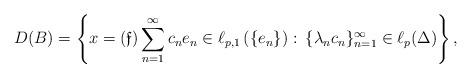
LaTeX: \begin{align*} D(B)=\left\{x= (\mathfrak{f})\sum\limits_{n=1}^{\infty} c_n e_n \in \ell_{p,1}\left(\{e_n\}\right):\:\{\lambda_n c_n\}_{n=1}^{\infty}\in \ell_p(\Delta)\right\},\end{align*}